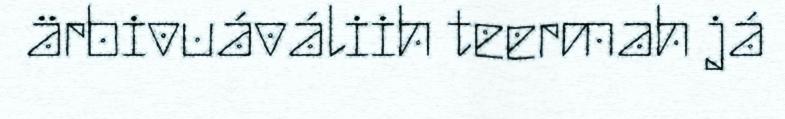
ärbivuáváliih teermah já